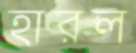
হারল